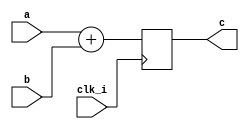
//-----------------------------------------------------------------------------
//
// (c) Copyright 2012-2019 Xilinx, Inc. All rights reserved.
//
// This file contains confidential and proprietary information
// of Xilinx, Inc. and is protected under U.S. and
// international copyright and other intellectual property
// laws.
//
// DISCLAIMER
// This disclaimer is not a license and does not grant any
// rights to the materials distributed herewith. Except as
// otherwise provided in a valid license issued to you by
// Xilinx, and to the maximum extent permitted by applicable
// law: (1) THESE MATERIALS ARE MADE AVAILABLE "AS IS" AND
// WITH ALL FAULTS, AND XILINX HEREBY DISCLAIMS ALL WARRANTIES
// AND CONDITIONS, EXPRESS, IMPLIED, OR STATUTORY, INCLUDING
// BUT NOT LIMITED TO WARRANTIES OF MERCHANTABILITY, NON-
// INFRINGEMENT, OR FITNESS FOR ANY PARTICULAR PURPOSE; and
// (2) Xilinx shall not be liable (whether in contract or tort,
// including negligence, or under any other theory of
// liability) for any loss or damage of any kind or nature
// related to, arising under or in connection with these
// materials, including for any direct, or any indirect,
// special, incidental, or consequential loss or damage
// (including loss of data, profits, goodwill, or any type of
// loss or damage suffered as a result of any action brought
// by a third party) even if such damage or loss was
// reasonably foreseeable or Xilinx had been advised of the
// possibility of the same.
//
// CRITICAL APPLICATIONS
// Xilinx products are not designed or intended to be fail-
// safe, or for use in any application requiring fail-safe
// performance, such as life-support or safety devices or
// systems, Class III medical devices, nuclear facilities,
// applications related to the deployment of airbags, or any
// other applications that could lead to death, personal
// injury, or severe property or environmental damage
// (individually and collectively, "Critical
// Applications"). Customer assumes the sole risk and
// liability of any use of Xilinx products in Critical
// Applications, subject only to applicable laws and
// regulations governing limitations on product liability.
//
// THIS COPYRIGHT NOTICE AND DISCLAIMER MUST BE RETAINED AS
// PART OF THIS FILE AT ALL TIMES.
//
//-----------------------------------------------------------------------------
//
// Project    : Ultrascale FPGA Gen3 Integrated Block for PCI Express
// Version    : 4.2
//-----------------------------------------------------------------------------
//--------------------------------------------------------------------------------
//
// Description: Endpoint Memory: 8KB organized as 4 x (512 DW) BlockRAM banks.
//              Block RAM Port A: Read Port
//              Block RAM Port B: Write Port
//
//--------------------------------------------------------------------------------

`timescale 1ps/1ps

module my_test  (

                        clk_i,

                      a,
					  b,
					  c
				

                      );

    input             clk_i;

    input  [ 7: 0]    a;
    input  [ 7: 0]    b;
    output [ 8: 0]    c;

reg [ 8: 0]    c;

always @(posedge clk_i )
begin
    c  <=   a  +  b  ;
end


endmodule